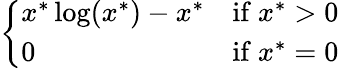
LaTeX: \left\{ \begin{array}{ll}{x^{*}\log(x^{*})-x^{*}}&{{\mathrm{if~}}x^{*}>0}\\ {0}&{{\mathrm{if~}}x^{*}=0}\end{array}\right.